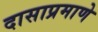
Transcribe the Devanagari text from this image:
दासाप्रमाणे